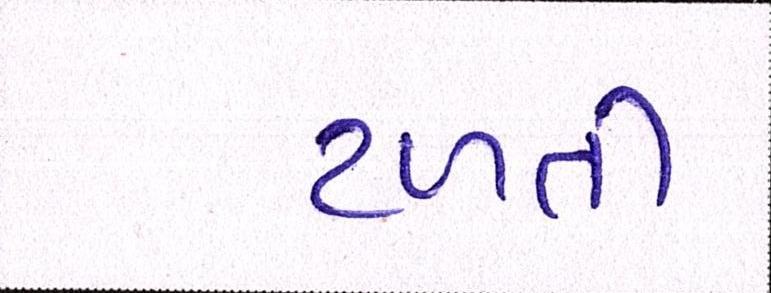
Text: ટળતી